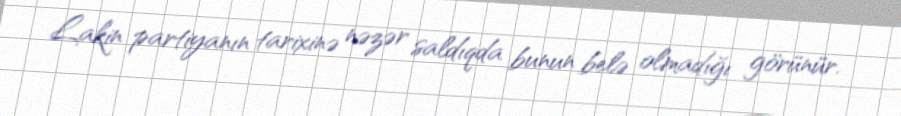
Lakin partiyanın tarixinə nəzər saldıqda bunun belə olmadığı görünür.